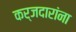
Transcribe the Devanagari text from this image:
कर्जदारांना